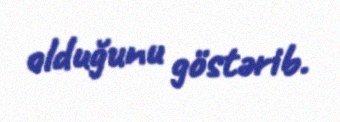
olduğunu göstərib.